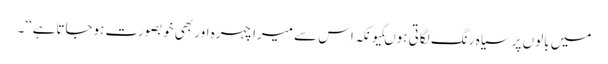
میں بالوں پر سیاہ رنگ لگاتی ہوںکیونکہ اس سے میرا چہرہ اور بھی خوبصورت ہوجاتاہے‘‘۔